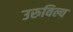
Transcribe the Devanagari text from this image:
उरुविल्व